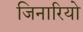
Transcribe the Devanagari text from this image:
जिनारियो